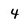
Character: 4